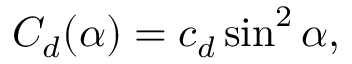
C _ { d } ( \alpha ) = c _ { d } \sin ^ { 2 } \alpha ,